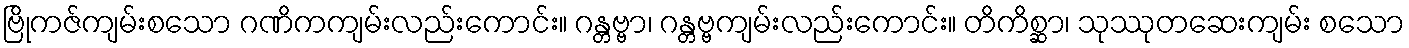
ဗြိုကဇ်ကျမ်းစသော ဂဏိကကျမ်းလည်းကောင်း။ ဂန္တဗ္ဗာ၊ ဂန္တဗ္ဗကျမ်းလည်းကောင်း။ တိကိစ္ဆာ၊ သုဿုတဆေးကျမ်း စသော